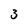
Character: 3